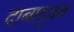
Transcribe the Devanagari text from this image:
दाबायुक्त